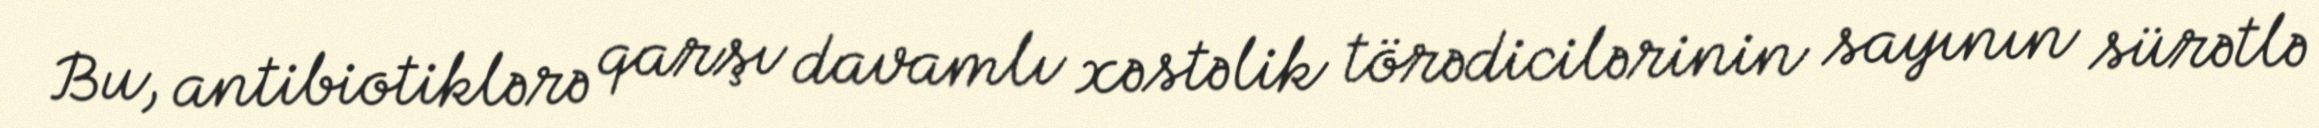
Bu, antibiotiklərə qarşı davamlı xəstəlik törədicilərinin sayının sürətlə